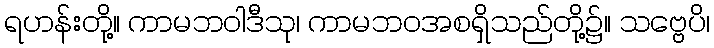
ရဟန်းတို့။ ကာမဘဝါဒီသု၊ ကာမဘဝအစရှိသည်တို့၌။ သဗ္ဗေပိ၊